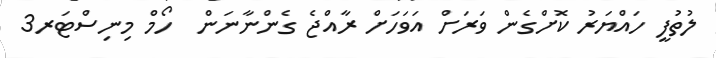
ލުތުފީ ހައްޔަރު ކޮށްގެން ވަރަށް އަވަހަށް ރާއްޖެ ގެންނާނަން  ހޯމް މިނިސްޓަރ3